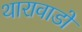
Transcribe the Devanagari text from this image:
थारावाडों